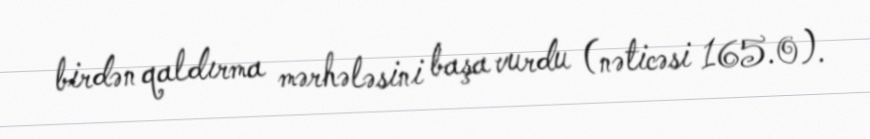
birdən qaldırma mərhələsini başa vurdu (nəticəsi 165.0).